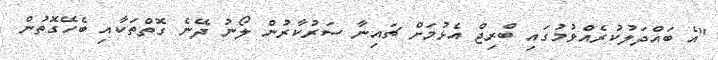
"އެ ބައްދަލުކުރެއްވުމުގައި ބްރިޖް އެޅުމަށް ޗައިނާ ސަރުކާރުން ލޯނު ދޭނެ ގޮތްތަކާއި ބެހޭގޮތުން